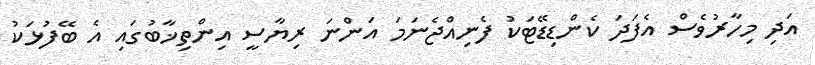
އަދި މިހާރުވެސް އެފަދަ ކެންޑިޑޭޓަކު ފެނިއްޖެނަމަ އަންނަ ރިޔާސީ އިންތިޚާބުގައި އެ ބޭފުޅަކު